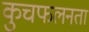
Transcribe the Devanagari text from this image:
कुचफलनता